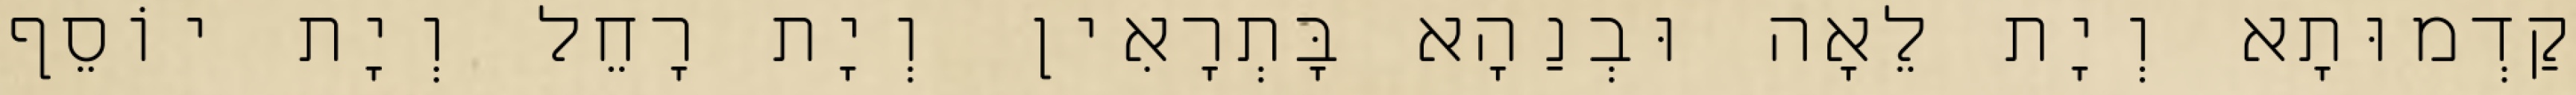
קַדְמוּתָא וְיָת לֵאָה וּבְנַהָא בָּתְרָאִין וְיָת רָחֵל וְיָת יוֹסֵף